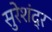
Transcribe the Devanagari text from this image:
सुरेशंद्र